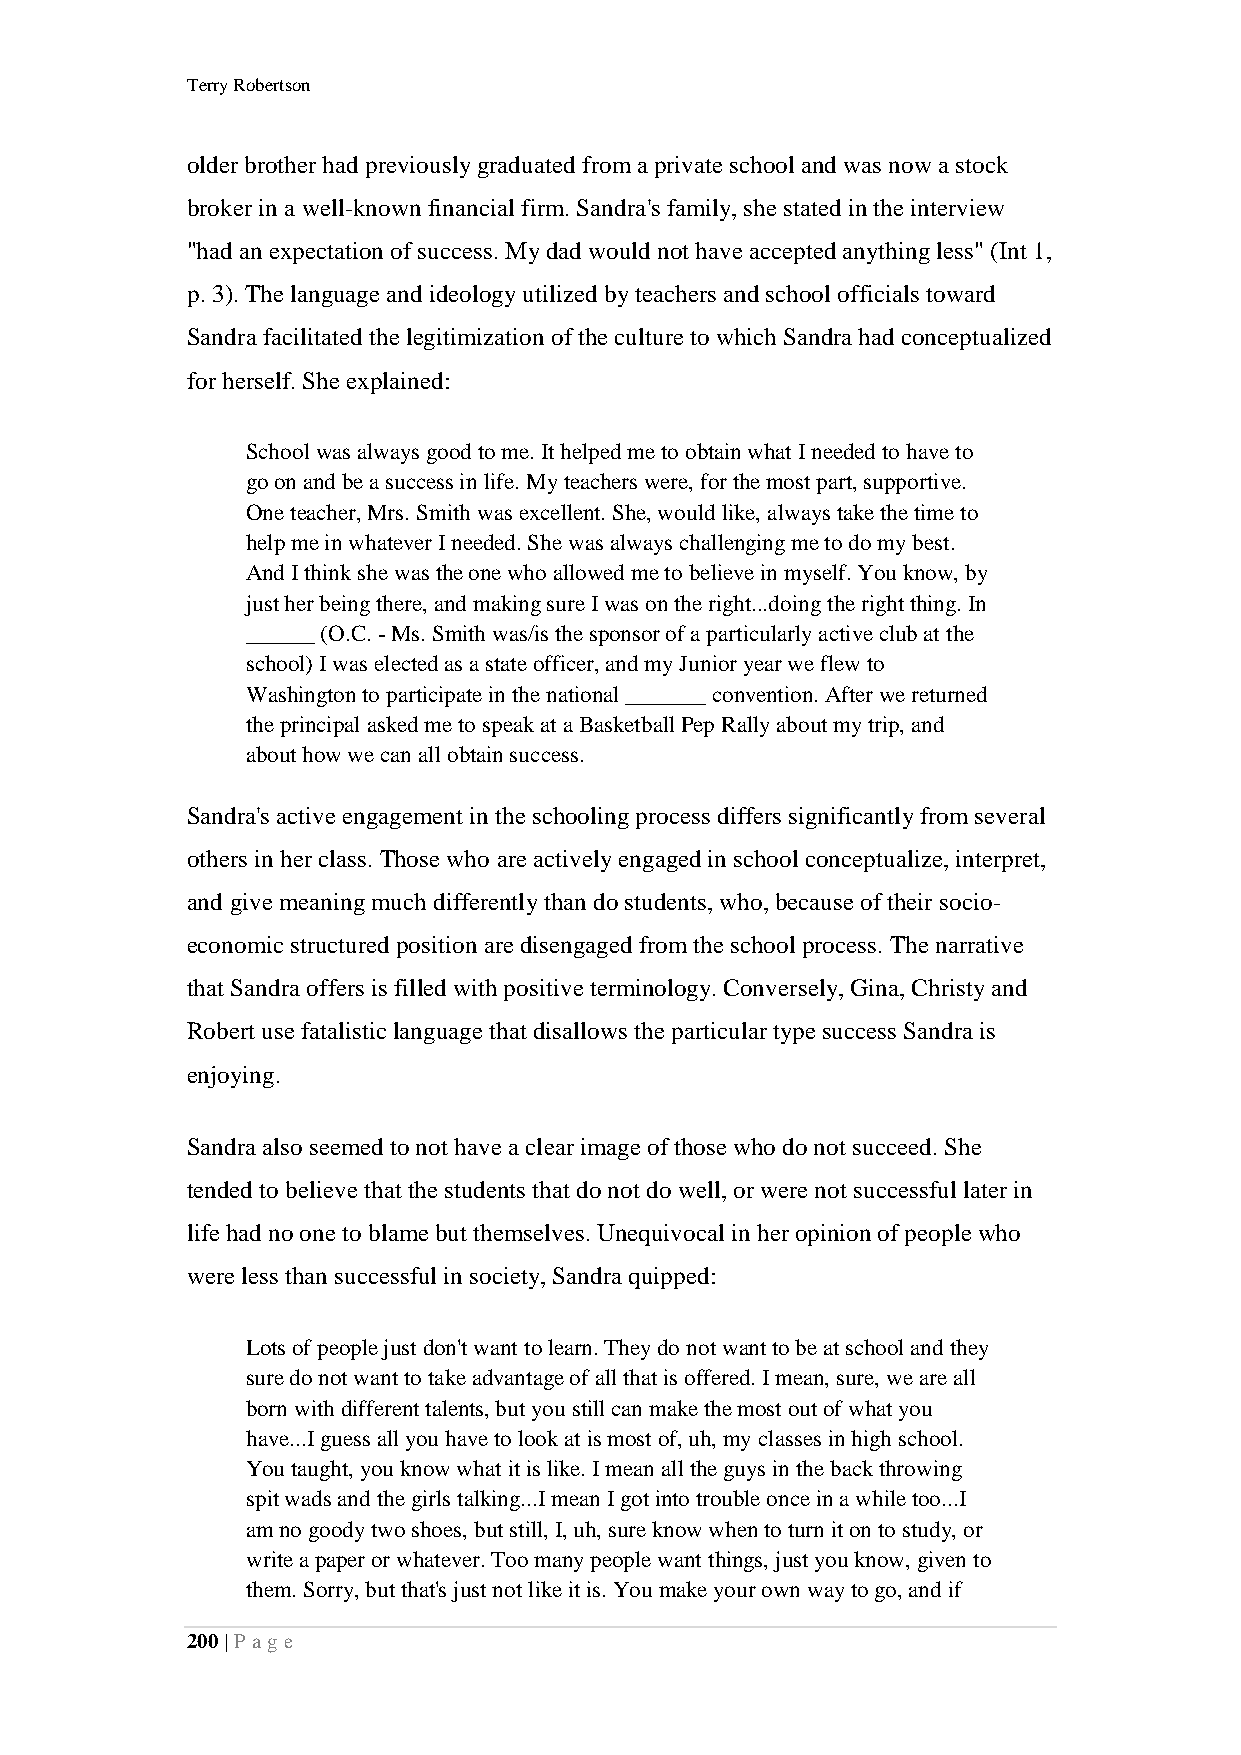
Terry Robertson
 older brother had previously graduated from a private school and was now a stock
 broker in a well-known financial firm. Sandra's family, she stated in the interview
 "had an expectation of success. My dad would not have accepted anything less" (Int 1,
 p. 3). The language and ideology utilized by teachers and school officials toward
 Sandra facilitated the legitimization of the culture to which Sandra had conceptualized
 for herself. She explained:
 School was always good to me. It helped me to obtain what I needed to have to
 go on and be a success in life. My teachers were, for the most part, supportive.
 One teacher, Mrs. Smith was excellent. She, would like, always take the time to
 help me in whatever I needed. She was always challenging me to do my best.
 And I think she was the one who allowed me to believe in myself. You know, by
 just her being there, and making sure I was on the right...doing the right thing. In
 ______ (O.C. - Ms. Smith was/is the sponsor of a particularly active club at the
 school) I was elected as a state officer, and my Junior year we flew to
 Washington to participate in the national _______ convention. After we returned
 the principal asked me to speak at a Basketball Pep Rally about my trip, and
 about how we can all obtain success.
 Sandra's active engagement in the schooling process differs significantly from several
 others in her class. Those who are actively engaged in school conceptualize, interpret,
 and give meaning much differently than do students, who, because of their socio-
 economic structured position are disengaged from the school process. The narrative
 that Sandra offers is filled with positive terminology. Conversely, Gina, Christy and
 Robert use fatalistic language that disallows the particular type success Sandra is
 enjoying.
 Sandra also seemed to not have a clear image of those who do not succeed. She
 tended to believe that the students that do not do well, or were not successful later in
 life had no one to blame but themselves. Unequivocal in her opinion of people who
 were less than successful in society, Sandra quipped:
 Lots of people just don't want to learn. They do not want to be at school and they
 sure do not want to take advantage of all that is offered. I mean, sure, we are all
 born with different talents, but you still can make the most out of what you
 have...I guess all you have to look at is most of, uh, my classes in high school.
 You taught, you know what it is like. I mean all the guys in the back throwing
 spit wads and the girls talking...I mean I got into trouble once in a while too...I
 am no goody two shoes, but still, I, uh, sure know when to turn it on to study, or
 write a paper or whatever. Too many people want things, just you know, given to
 them. Sorry, but that's just not like it is. You make your own way to go, and if
 200 | P a ge